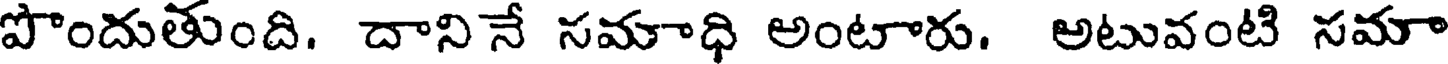
పొందుతుంది. దానినే సమాధి అంటారు. అటువంటి సమా